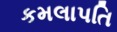
કમલાપતિ